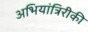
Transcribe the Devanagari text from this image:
अभियांत्रिरीकी